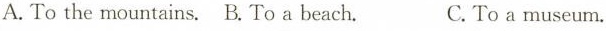
A. To the mountains. B. To a beach. C. To a museum.